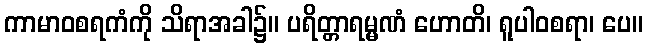
ကာမာဝစရကံကို သိရာအခါ၌။ ပရိတ္တာရမ္မဏံ ဟောတိ၊ ရူပါဝစရာ၊ ပေ။